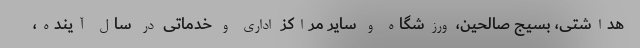
هداشتی، بسیج صالحین، ورزشگاه و سایر مراکز اداری و خدماتی در سال آینده،